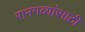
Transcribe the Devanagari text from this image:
रानगव्यांसाठी